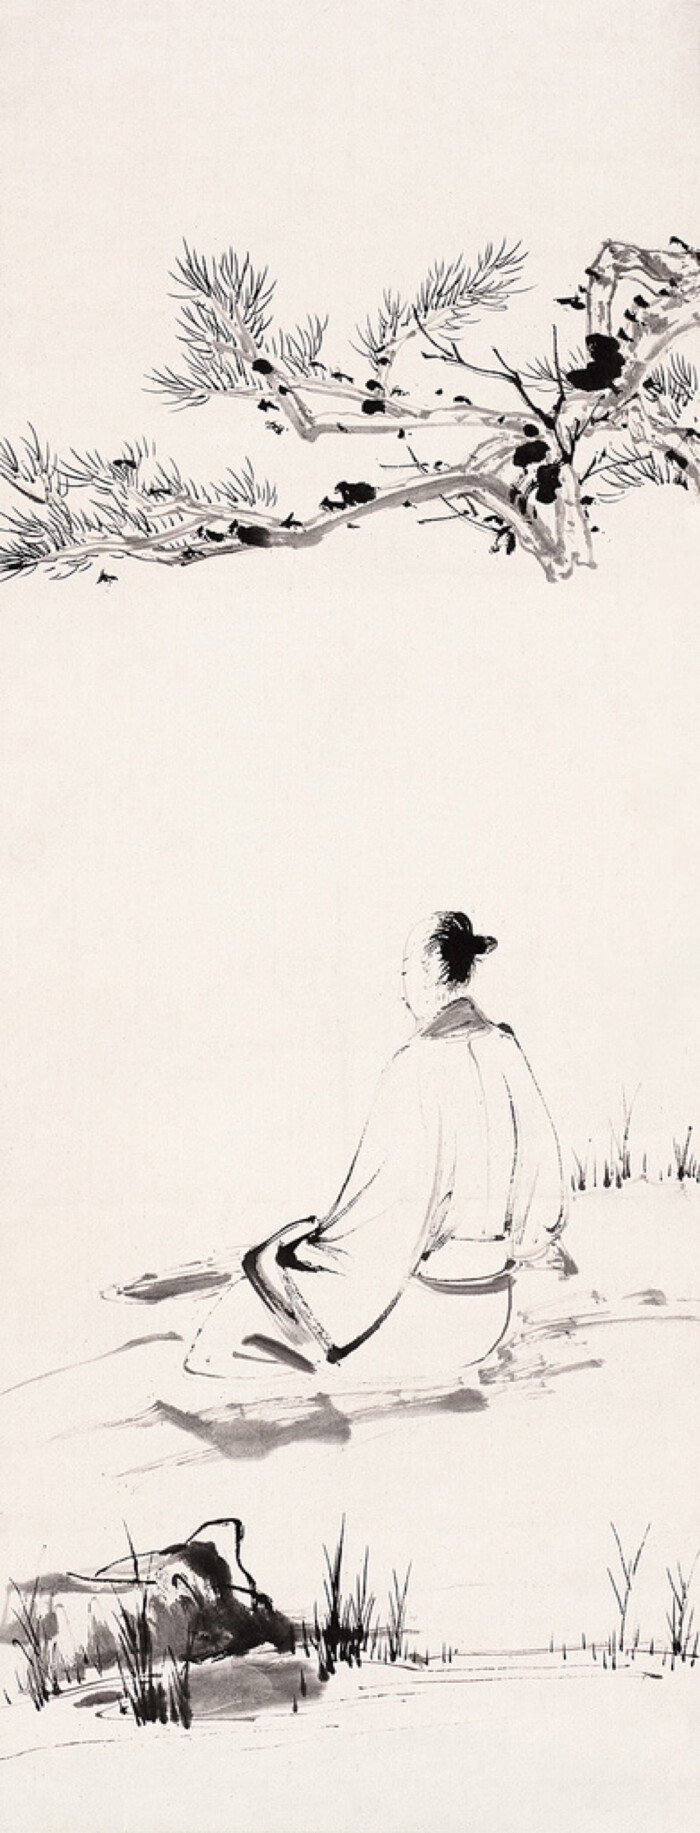
叹隙中驹，石中火，梦中身。